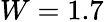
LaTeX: W=1.7